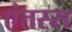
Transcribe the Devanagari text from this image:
एंतस्स